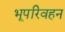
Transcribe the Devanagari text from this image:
भूपरिवहन